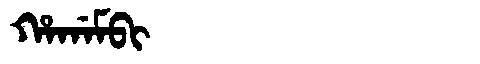
Manchu: ᡥᠠᡤᠠᠮᠪᡳ
Romanization: HAGAMBI